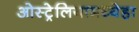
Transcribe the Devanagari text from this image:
ओस्ट्रेलियामध्येहा